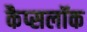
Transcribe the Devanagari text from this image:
कैप्सलॉक